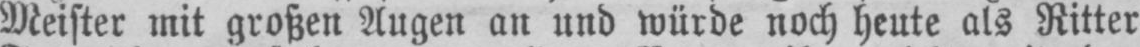
Meister mit großen Augen an und würde noch heute als Ritter